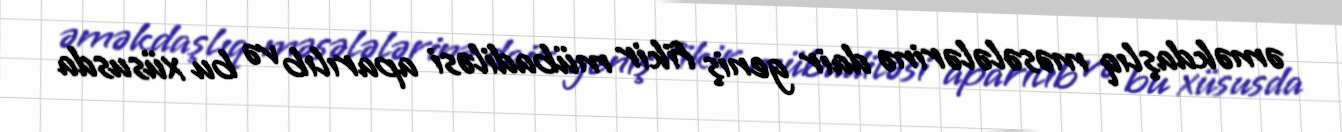
əməkdaşlıq məsələlərinə dair geniş fikir mübadiləsi aparılıb və bu xüsusda